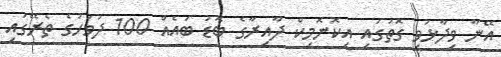
އޭނާ ވިދާޅުވި ގޮތުގައި އިކޮނޮމިކް ދާއިރާގެ ބޮޑު ބައެއް 100 ދުވަހުގެ ތެރޭގައި